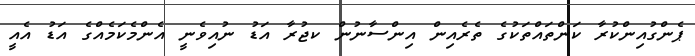
ޕެންގުއިންކުރާ ކަންތައްތަކުގެ ތެރެއިން އިންސާނުން ކޖުރާ އަޑު ނުއިވެނީ އެންމެކަމެއްގެ އަޑު އެއީ